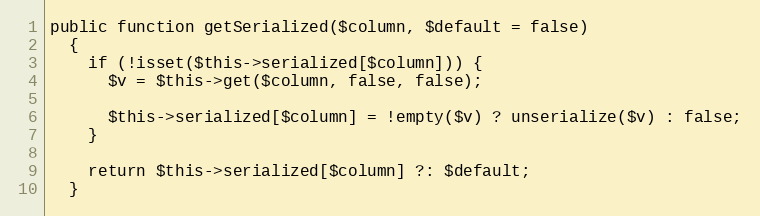
Language: PHP
public function getSerialized($column, $default = false)
  {
    if (!isset($this->serialized[$column])) {
      $v = $this->get($column, false, false);

      $this->serialized[$column] = !empty($v) ? unserialize($v) : false;
    }

    return $this->serialized[$column] ?: $default;
  }